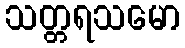
သတ္တရသမော